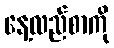
နေ့လည်စာကို